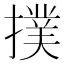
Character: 撲